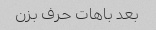
بعد باهات حرف بزن